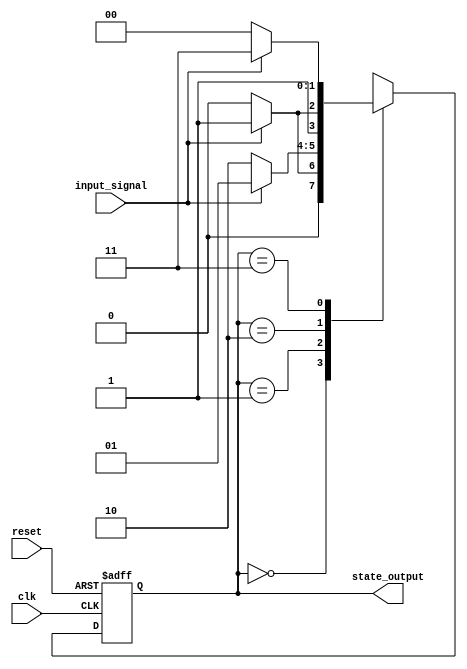
module parameterized_state_machine #(
    parameter NUM_STATES = 4,          // Total number of states
    parameter STATE_WIDTH = $clog2(NUM_STATES), // Bit-width for state representation
    parameter INPUT_WIDTH = 1,          // Width of input signals
    parameter RESET_STATE = 0           // Default reset state
)(
    input wire clk,                     // Clock signal
    input wire reset,                   // Reset signal
    input wire [INPUT_WIDTH-1:0] input_signal, // Input signals for state transitions
    output reg [STATE_WIDTH-1:0] state_output // Current state output
);

    // State register
    reg [STATE_WIDTH-1:0] current_state, next_state;

    // State transition logic
    always @(*) begin
        case (current_state)
            0: begin
                if (input_signal == 1) next_state = 1;
                else next_state = 0;
            end
            1: begin
                if (input_signal == 0) next_state = 2;
                else next_state = 1;
            end
            2: begin
                if (input_signal == 1) next_state = 3;
                else next_state = 2;
            end
            3: begin
                if (input_signal == 0) next_state = 0;
                else next_state = 3;
            end
            default: next_state = RESET_STATE; // Default case
        endcase
    end

    // State register update on clock edge
    always @(posedge clk or posedge reset) begin
        if (reset) begin
            current_state <= RESET_STATE; // Reset to initial state
        end else begin
            current_state <= next_state; // Update state
        end
    end

    // Output logic
    always @(*) begin
        state_output = current_state; // Output current state
    end

endmodule